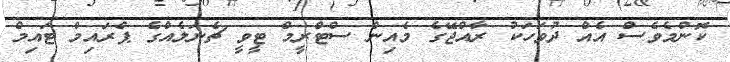
ކޮންމެވެސް އެއް ދުވަހަކު ރާއްޖޭގެ މެއިން ސްޓްރީމް ޓީވީ ޗެނަލެއްގެ ޕްރައިމް ޓައިމް